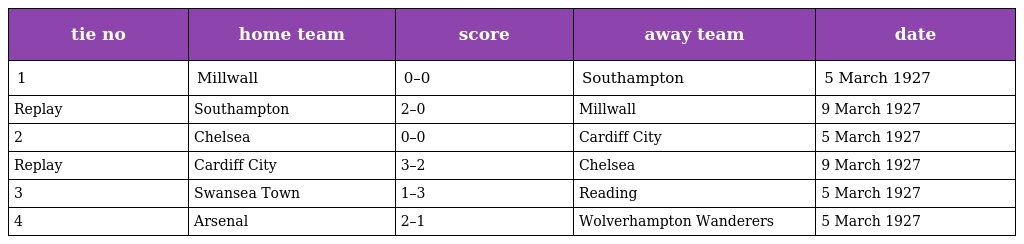
| tie no | home team | score | away team | date |
 | --- | --- | --- | --- | --- |
 | 1 | Millwall | 0–0 | Southampton | 5 March 1927 |
 | Replay | Southampton | 2–0 | Millwall | 9 March 1927 |
 | 2 | Chelsea | 0–0 | Cardiff City | 5 March 1927 |
 | Replay | Cardiff City | 3–2 | Chelsea | 9 March 1927 |
 | 3 | Swansea Town | 1–3 | Reading | 5 March 1927 |
 | 4 | Arsenal | 2–1 | Wolverhampton Wanderers | 5 March 1927 |